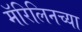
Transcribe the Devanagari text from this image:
मॅरिलिनच्या